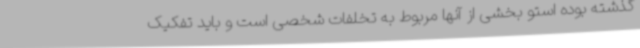
گذشته بوده استو بخشی از آنها مربوط به تخلفات شخصی است و باید تفکیک